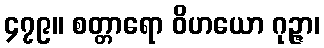
၄၇၉။ စတ္တာရော ဝိဟယော ဂုဉ္ဇာ၊